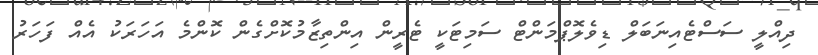
ދިއްލީ ސަސްޓެއިނަބަލް ޑިވެލޮޕްމަންޓް ސަމިޓަކީ ޓެރީން އިންތިޒާމުކޮށްގެން ކޮންމެ އަހަރަކު އެއް ފަހަރު